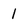
Character: 1